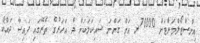
އިންސްޓޯލްމަންޓަށް 70000ރ އަށް ގަންނަ ސައިކަލަކަށް ދެ އަހަރުގެ ތެރޭގައި ފައިސާ ދައްކާ